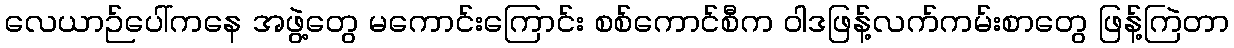
လေယာဉ်ပေါ်ကနေ အဖွဲ့တွေ မကောင်းကြောင်း စစ်ကောင်စီက ဝါဒဖြန့်လက်ကမ်းစာတွေ ဖြန့်ကြဲတာ